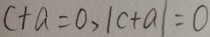
c + a = 0 , \vert c + a \vert = 0